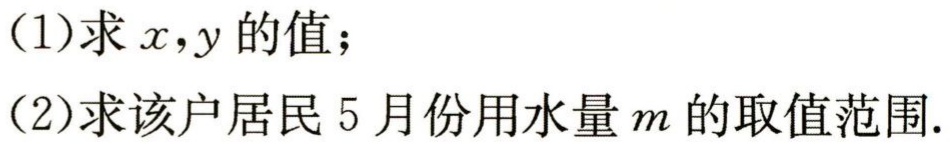
(1)求\(x,y\)的值；
(2)求该户居民 5 月份用水量\(m\)的取值范围.